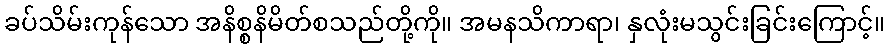
ခပ်သိမ်းကုန်သော အနိစ္စနိမိတ်စသည်တို့ကို။ အမနသိကာရာ၊ နှလုံးမသွင်းခြင်းကြောင့်။